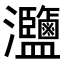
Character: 𤅸